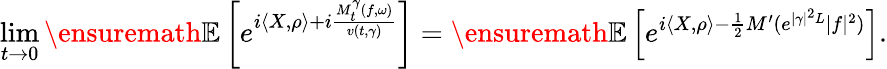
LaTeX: \operatorname*{lim}_{t\to 0}{\ensuremath{\mathbb E}}\left[e^{i\langle X,\rho\rangle+i\frac{M_{t}^{\gamma}(f,\omega)}{v(t,\gamma)}}\right]={\ensuremath{\mathbb E}}\left[e^{i\langle X,\rho\rangle-\frac{1}{2}M^{\prime}(e^{|\gamma|^{2}L}|f|^{2})}\right].